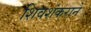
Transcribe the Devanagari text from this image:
शिवशंकराने